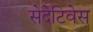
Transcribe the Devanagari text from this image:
सेदेटिवेस